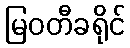
မြဝတီခရိုင်